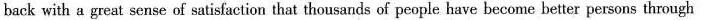
back with a great sense of satisfaction that thousands of people have become better persons through